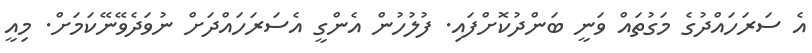
އެ ސަރަހައްދުގެ މަގުތައް ވަނީ ބަންދުކޮށްފައި. ފުލުހުން އެންގީ އެސަރަހައްދަށް ނުވަދެވޭނޭކަމަށް. މިއީ